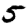
Digit: 5